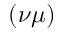
( \nu \mu )